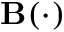
\mathbf { B } ( \cdot )